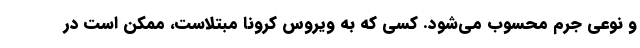
و نوعی جرم محسوب می‌شود. کسی که به ویروس کرونا مبتلاست، ممکن است در